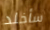
سأخلد